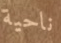
ناحية